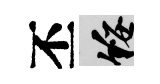
丕綏